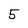
Character: 5